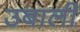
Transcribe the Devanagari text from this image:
उबालीं